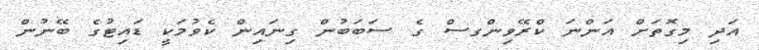
އަދި މިގޮތަށް އަންނަ ކްރޭވިންގސް ގެ ސަބަބުން ގިނައިން ކެވުމަކީ ޑައިޓުގެ ބޭނުން